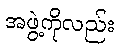
အဖွဲ့ကိုလည်း